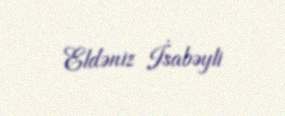
Eldəniz İsabəyli